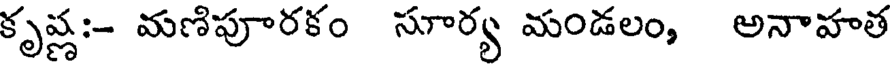
కృష్ణ:- మణిపూరకం సూర్య మండలం, అనాహత